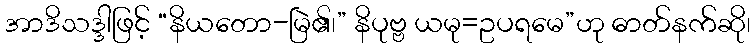
အာဒိသဒ္ဒါဖြင့် “နိယတော-မြဲ၏၊” နိပုဗ္ဗ ယမု=ဥပရမေ”ဟု ဓာတ်နက်ဆို၊